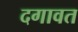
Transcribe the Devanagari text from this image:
दगावत